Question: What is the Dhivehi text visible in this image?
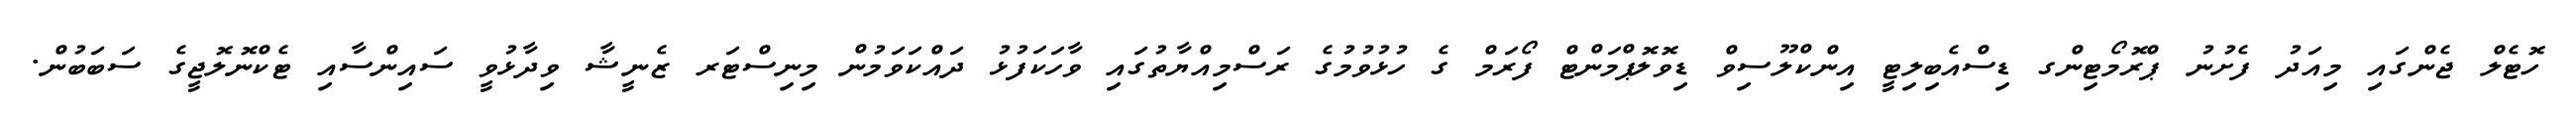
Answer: ހޮޓެލް ޖެންގައި މިއަދު ފެށުނު ޕްރޮމޯޓިންގ ޑިސްއެބިލިޓީ އިންކްލޫސިވް ޑިވޮލޮޕްމަންޓް ފޯރަމް ގެ ހުޅުވުމުގެ ރަސްމިއްޔާތުގައި ވާހަކަފުޅު ދައްކަވަމުން މިނިސްޓަރ ޒެނީޝާ ވިދާޅުވީ ސައިންސާއި ޓެކްނޮލޮޖީގެ ސަބަބުން.